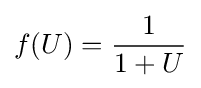
f(U)={\frac {1}{1+U}}